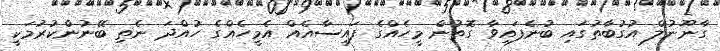
ގާނޫނުލް އުގުބާތުގައި ބުނެފައިވާ ގޮތުން މީހެއްގެ ފައިސާއެއް އެމީހެއްގެ ހުއްދަ ނެތި ބޭނުންކުރުމަކީ